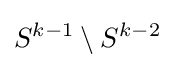
S^{k-1}\setminus S^{k-2}